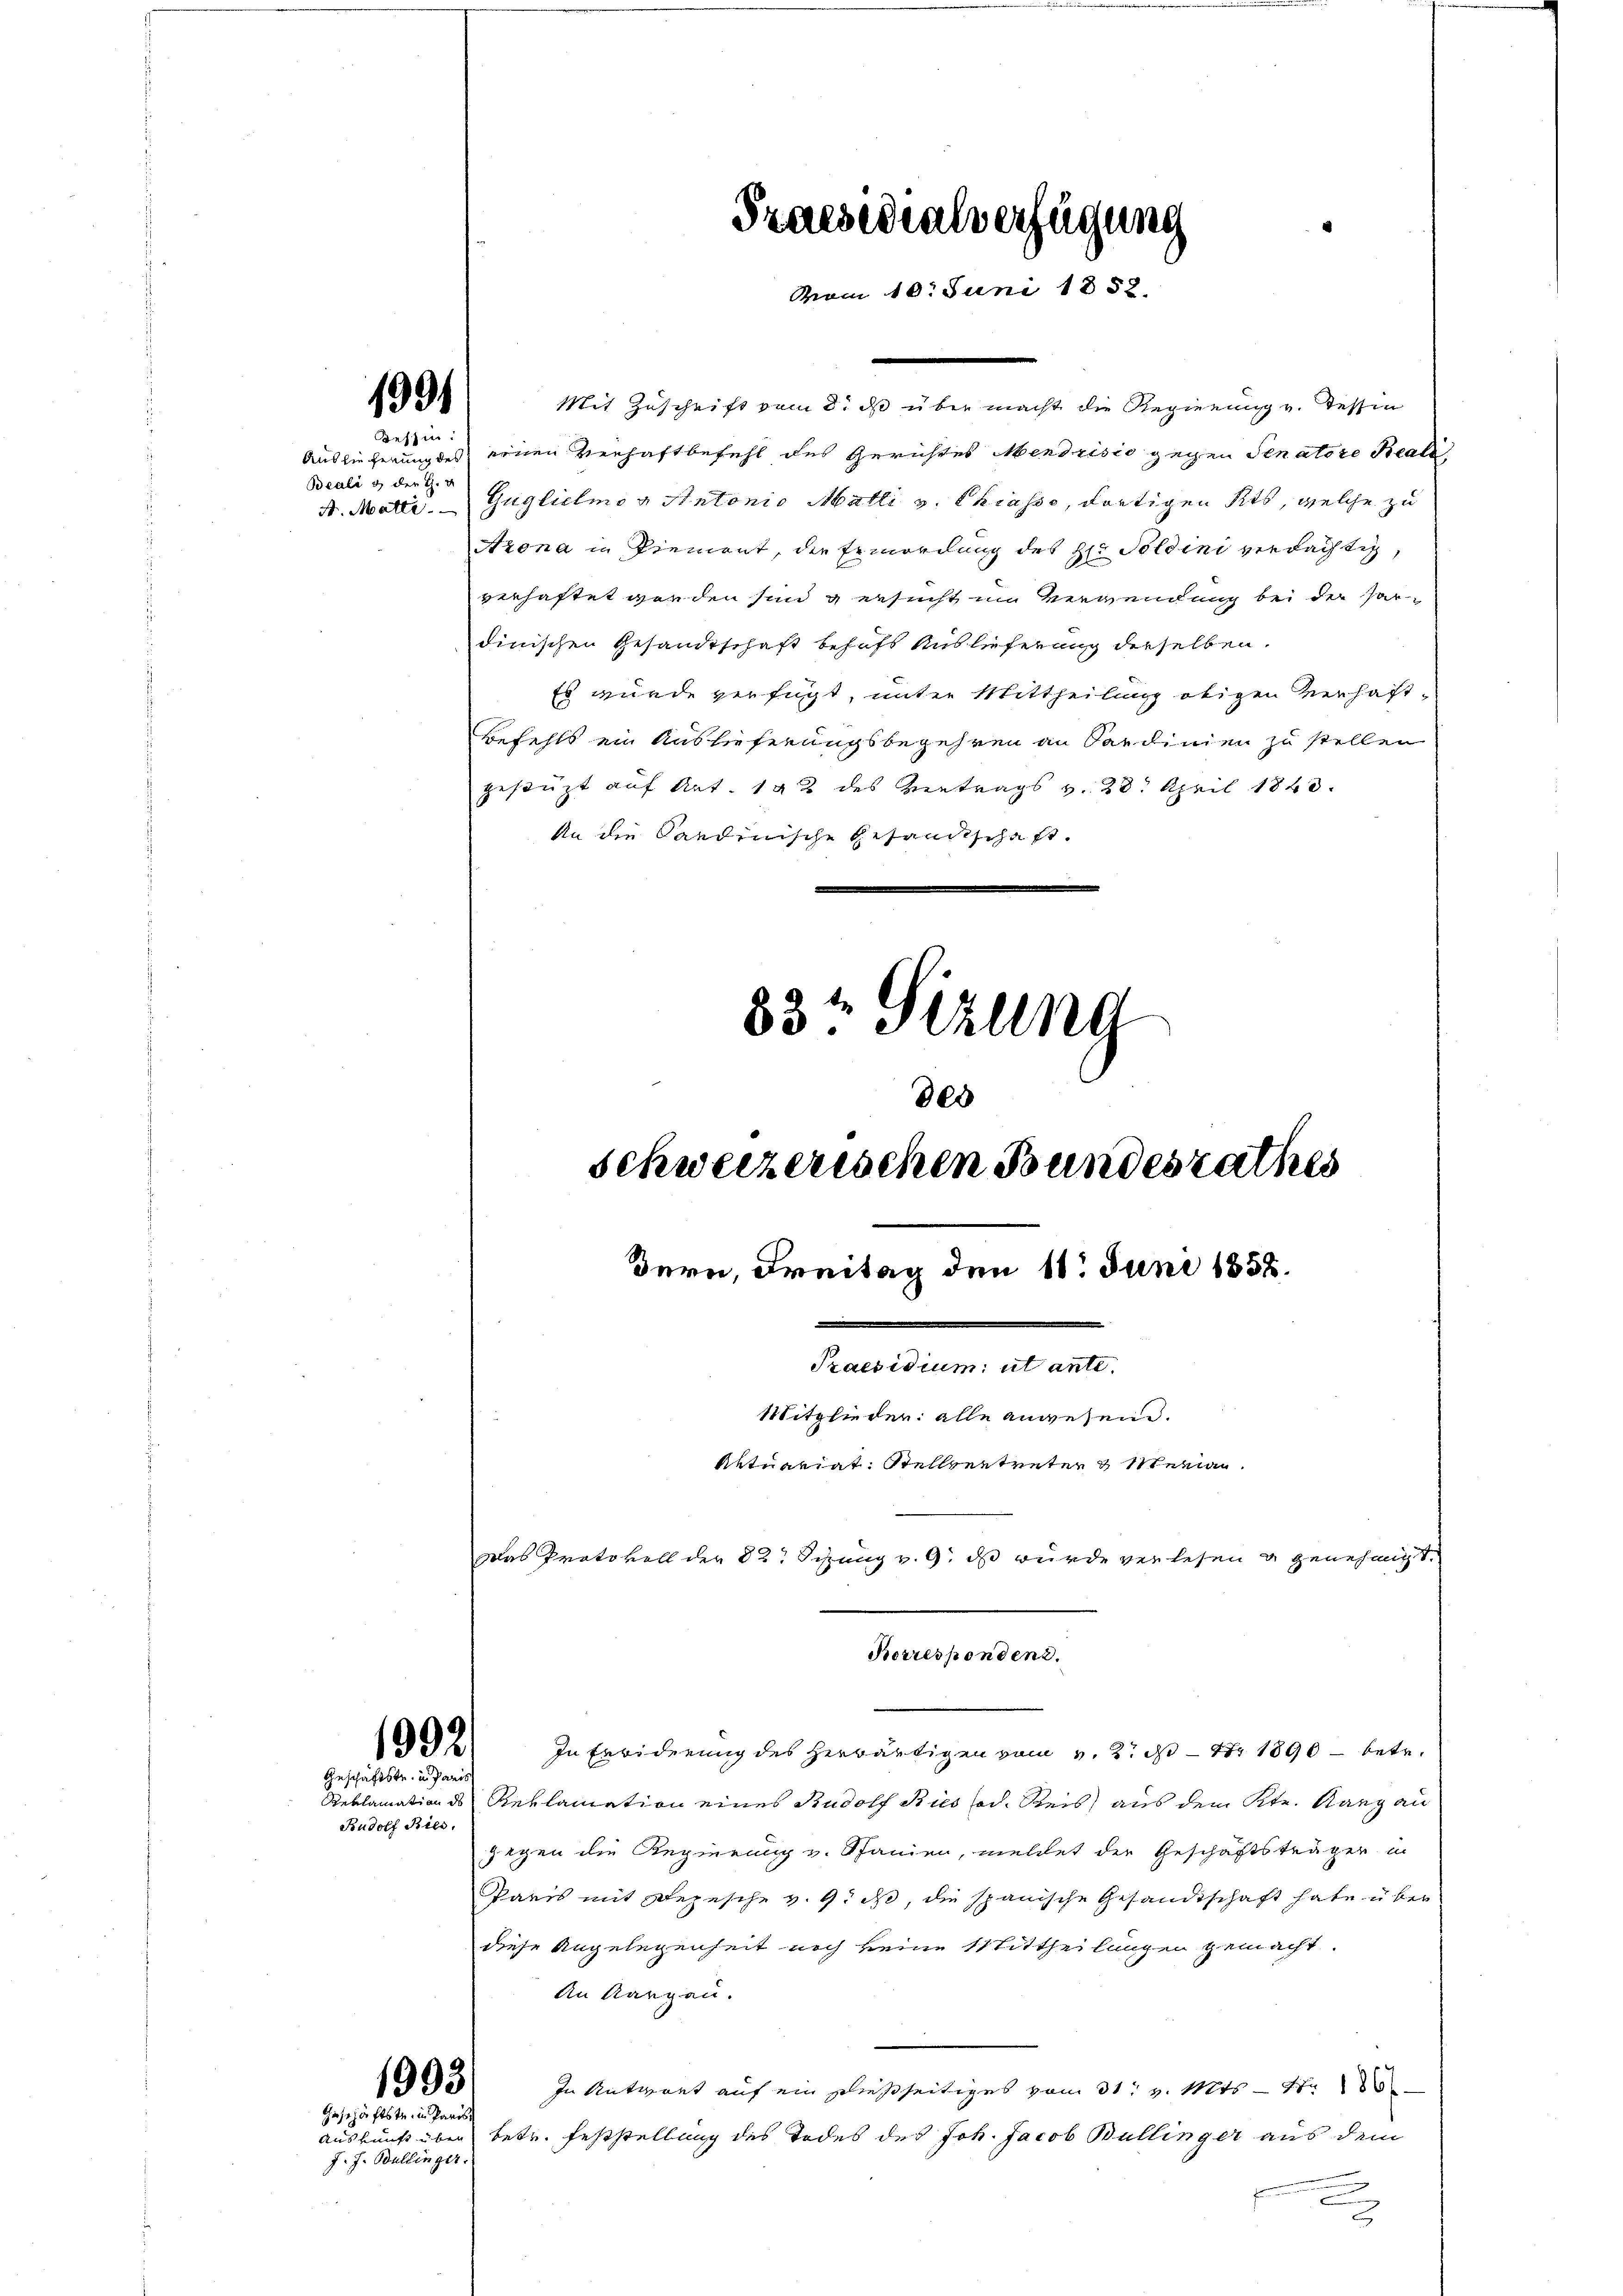
1991

Bessen.
Beali & der H. v

Mit Zuschrift vom 8. ds über macht die Regierung v. Tessin
Auslieferung des einen Verhaftbefehl des Gerichtes Mendrisio gegen Senatore Beali
A. Matte. Guglichmon Antonio Matti v. Chiasso, dortigen Kts, welche zu
Azona in Riement, die Ermordung des Hr. Soldini verdächtig,
verhaftet worden sing ersucht im Verwendung bei der Pardinischen Gesandtschaft behufs Auslieferung derselben.
Es wurde verfügt, unter Mittheilung obigen Verhaft¬
Befehls ein Auslieferungsbegehren an Sardinien zu stellen
gestüzt auf Art. 142 des Vertrags v. 28. April 1843.
An die Candinische Gesandtschaft.

1992.
Geschäftstr. in Pari

Rudolf Ries.

1993.

Geschäftstr. in Paris
J. J. Ballinger.

In Erwiderung des herwärtigen vom 3. 2. d. 4. 1890 – betr.
Reklamation des Reklamation eines Rudolf Bies sod. Reis aus dem Ktn. Rang au
gegen die Regierung v. Spanien, meldet der Geschäftsträgen in
Parts mit Depesche v. Gich, die spanische Gesandtschaft habe überdiese Angelegenheit noch keine Mittheilungen gemacht.
An Aargau.
In Antwort auf ein dießseitiges vom 31. v. Mts. — St
Auskunft über betr. Feststellung des Todes des Joh. Jacob Bullinger aus dem
u

Korrespondent.

Praesidialverfügung
vom 10. Juni 1852.

83t Sizung
300
Schweizerischen Bundesrathes
Bern, Freitag den 11. Juni 1858.
Praesidium ut ante.
Mitglieder alle angesend.

Aktuariat. Stellvertreter Weinau
Das Protokoll der 82. Sizung v. 9. ds wurde verlesen u genehmigt.